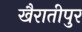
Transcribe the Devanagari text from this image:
खैरातीपुर